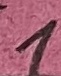
Text: 1